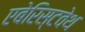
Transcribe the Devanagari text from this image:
एबेरिस्टवेथ